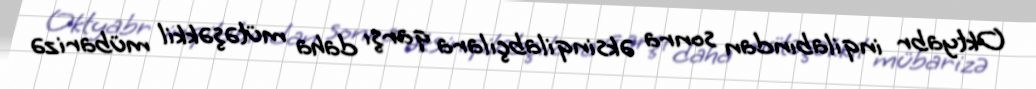
Oktyabr inqilabından sonra əksinqilabçılara qarşı daha mütəşəkkil mübarizə